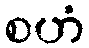
စဟံ